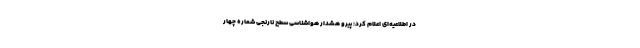
در اطلاعیه‌ای اعلام کرد: پیرو هشدار هواشناسی سطح نارنجی شماره چهار